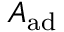
A _ { \mathrm { a d } }